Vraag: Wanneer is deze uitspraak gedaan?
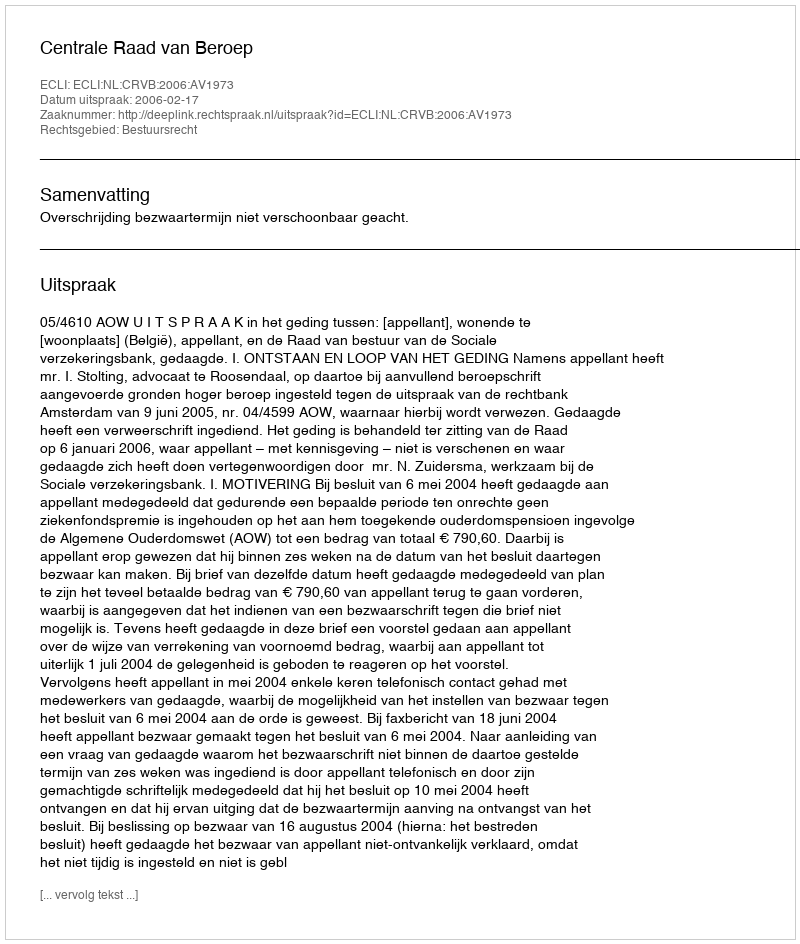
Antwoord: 2006-02-17